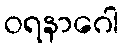
ဝရနာဂေါ